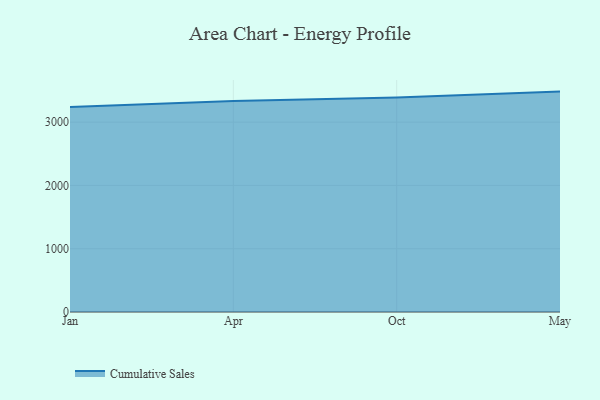
{"axis": {"x": "Month", "y": "Market Share (%)"}, "legend": ["Cumulative Sales"], "data": [{"x": "Jan", "y": 3239.5, "type": "Cumulative Sales"}, {"x": "Apr", "y": 3334.4, "type": "Cumulative Sales"}, {"x": "Oct", "y": 3388.5, "type": "Cumulative Sales"}, {"x": "May", "y": 3482.8, "type": "Cumulative Sales"}]}